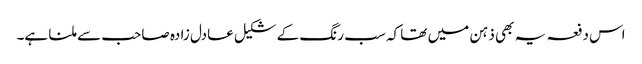
اس دفعہ یہ بھی ذہن میں تھا کہ سب رنگ کے شکیل عادل زادہ صاحب سے ملنا ہے۔